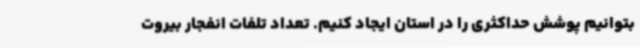
بتوانیم پوشش حداکثری را در استان ایجاد کنیم. تعداد تلفات انفجار بیروت